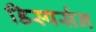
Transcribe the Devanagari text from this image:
डिस्पर्सन